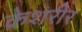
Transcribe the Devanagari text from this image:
केशरीर